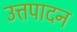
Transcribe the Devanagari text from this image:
उत्तपादन